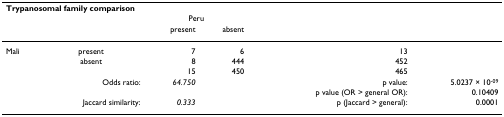
<table><thead><tr><td colspan="6"><b>Trypanosomal family comparison</b></td></tr><tr><td></td><td></td><td colspan="2"><b>Peru</b></td><td></td><td></td></tr><tr><td></td><td></td><td><b>present</b></td><td><b>absent</b></td><td></td><td></td></tr></thead><tbody><tr><td>Mali</td><td>present</td><td>7</td><td>6</td><td>13</td><td></td></tr><tr><td></td><td>absent</td><td>8</td><td>444</td><td>452</td><td></td></tr><tr><td></td><td></td><td>15</td><td>450</td><td>465</td><td></td></tr><tr><td></td><td>Odds ratio:</td><td><i>64.750</i></td><td></td><td>p value:</td><td>5.0237 × 10<sup>-09</sup></td></tr><tr><td></td><td></td><td></td><td></td><td>p value (OR &gt; general OR):</td><td>0.10409</td></tr><tr><td></td><td>Jaccard similarity:</td><td><i>0.333</i></td><td></td><td>p (Jaccard &gt; general):</td><td>0.0001</td></tr></tbody></table>